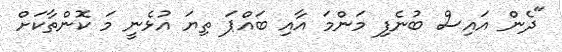
"ދެން އައިސް ބުނެފި މަންމަ އާއި ބައްޕަ ތިޔަ އުޅެނީ މަ ކޮންތާކަށް